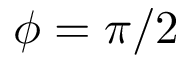
\phi = \pi / 2